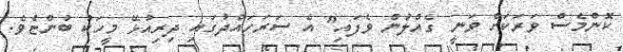
ކޮންމެސް ވަރަކަށް ވަނީ ގެއްލުން ވެފައި" އެ ސަރަހައްދުގައި ދިރިއުޅޭ މީހަކު ބުންޏެވެ.